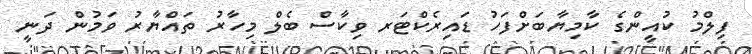
ފިލްމު ކުއީންގެ ކާމިޔާބަށްފަހު ޑައިރެކްޓަރ ވިކާސް ބެލް މިހާރު ތައްޔާރު ވަމުން ދަނީ